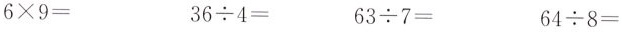
$$6\times9=$$ $$36\div4=$$ $$63\div7=$$ $$64\div8=$$